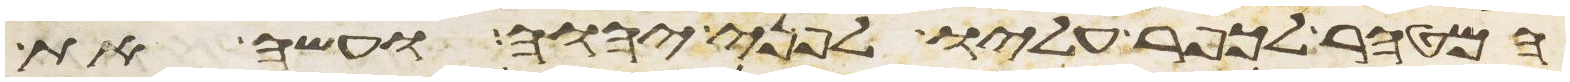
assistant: המטהר לכפר עליו לפני יהוה ועשה את